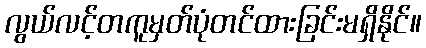
လွယ်လင့်တကူမှတ်ပုံတင်ထားခြင်းမရှိနိုင်။